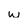
Character: w